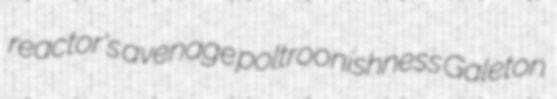
reactor's avenage poltroonishness Galeton